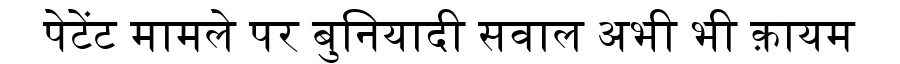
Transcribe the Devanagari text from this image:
पेटेंट मामले पर बुनियादी सवाल अभी भी क़ायम